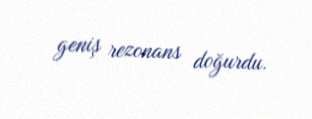
geniş rezonans doğurdu.